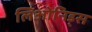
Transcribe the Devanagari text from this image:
लिओनिड्‌स